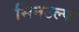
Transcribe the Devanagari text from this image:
सिनउल्फ